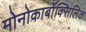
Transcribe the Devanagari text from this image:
मोनोकार्बोक्सिलिक